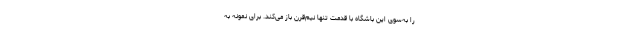
را به‌سوی این باشگاه با قدمت تنها نیم‌قرن باز می‌کند. برای نمونه به